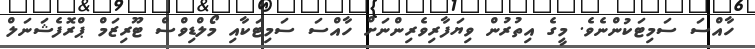
ހާއްސަ ސަމިޓަކުންނެވެ. މީގެ އިތުރުން ވިޔަފާރިވެރިންނަށް ހާއްސަ ސަމިޓަކާއި މޯލްޑިވްސް ޓޫރިޒަމް ޕްރޮފެޝަނަލް